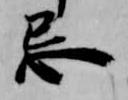
忌